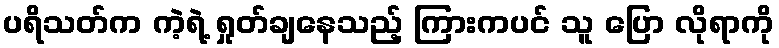
ပရိသတ်က ကဲ့ရဲ့ ရှုတ်ချနေသည့် ကြားကပင် သူ ပြော လိုရာကို